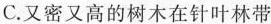
C.又密又高的树木在针叶林带